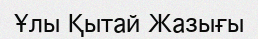
Ұлы Қытай Жазығы